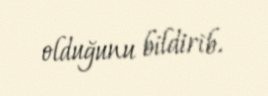
olduğunu bildirib.